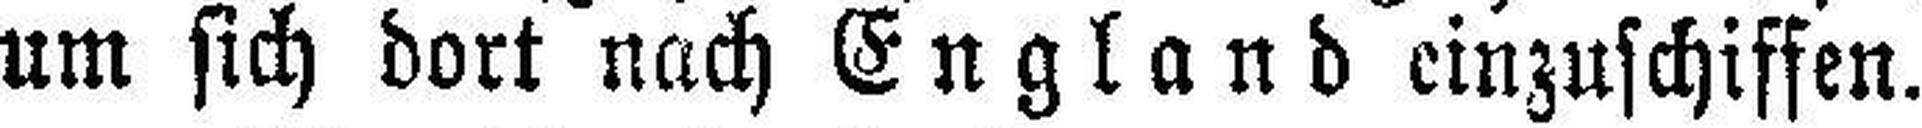
um sich dort nach England einzuschiffen.